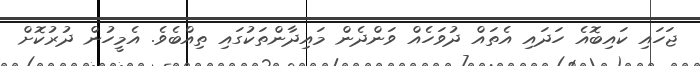
ޖަހައި ކައިބޮއެ ހަދައި އެތައް ދުވަހެއް ވަންދެން މައިދާންތަކުގައި ތިއްބެވެ. އެމީހުން ދުރުކޮށް